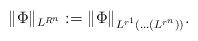
LaTeX: \begin{align*}\| \Phi \|_{L^{R^n}}:=\| \Phi \|_{L^{r^1}( \ldots ( L^{r^n} ) )}.\end{align*}